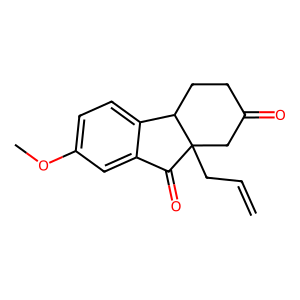
SMILES: C=CCC12CC(=O)CCC1c1ccc(OC)cc1C2=O
Inhibits HIV replication: No